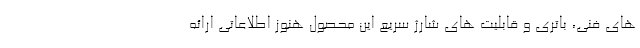
های فنی، باتری و قابلیت های شارژ سریع این محصول هنوز اطلاعاتی ارائه